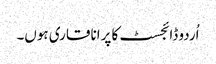
اُردو ڈائجسٹ کا پرانا قاری ہوں۔